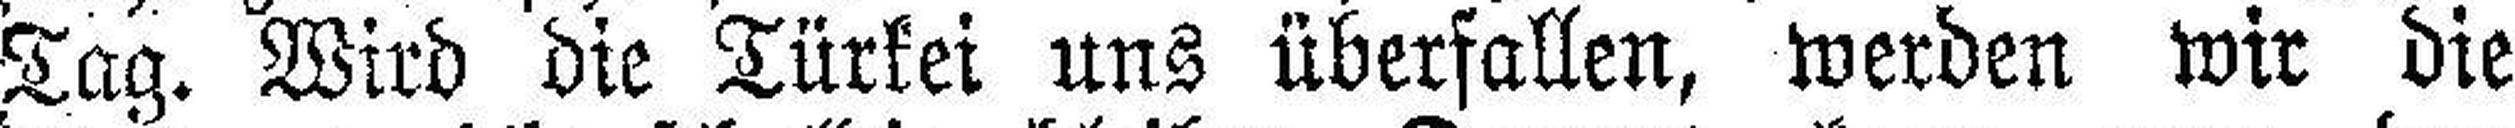
Tag. Wird die Türkei uns überfallen, werden wir die